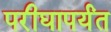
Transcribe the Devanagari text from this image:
परीघापर्यंत